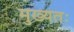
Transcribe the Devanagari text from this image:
मुख्यतः